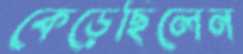
কেড়েছিলেন